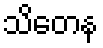
သိတေန